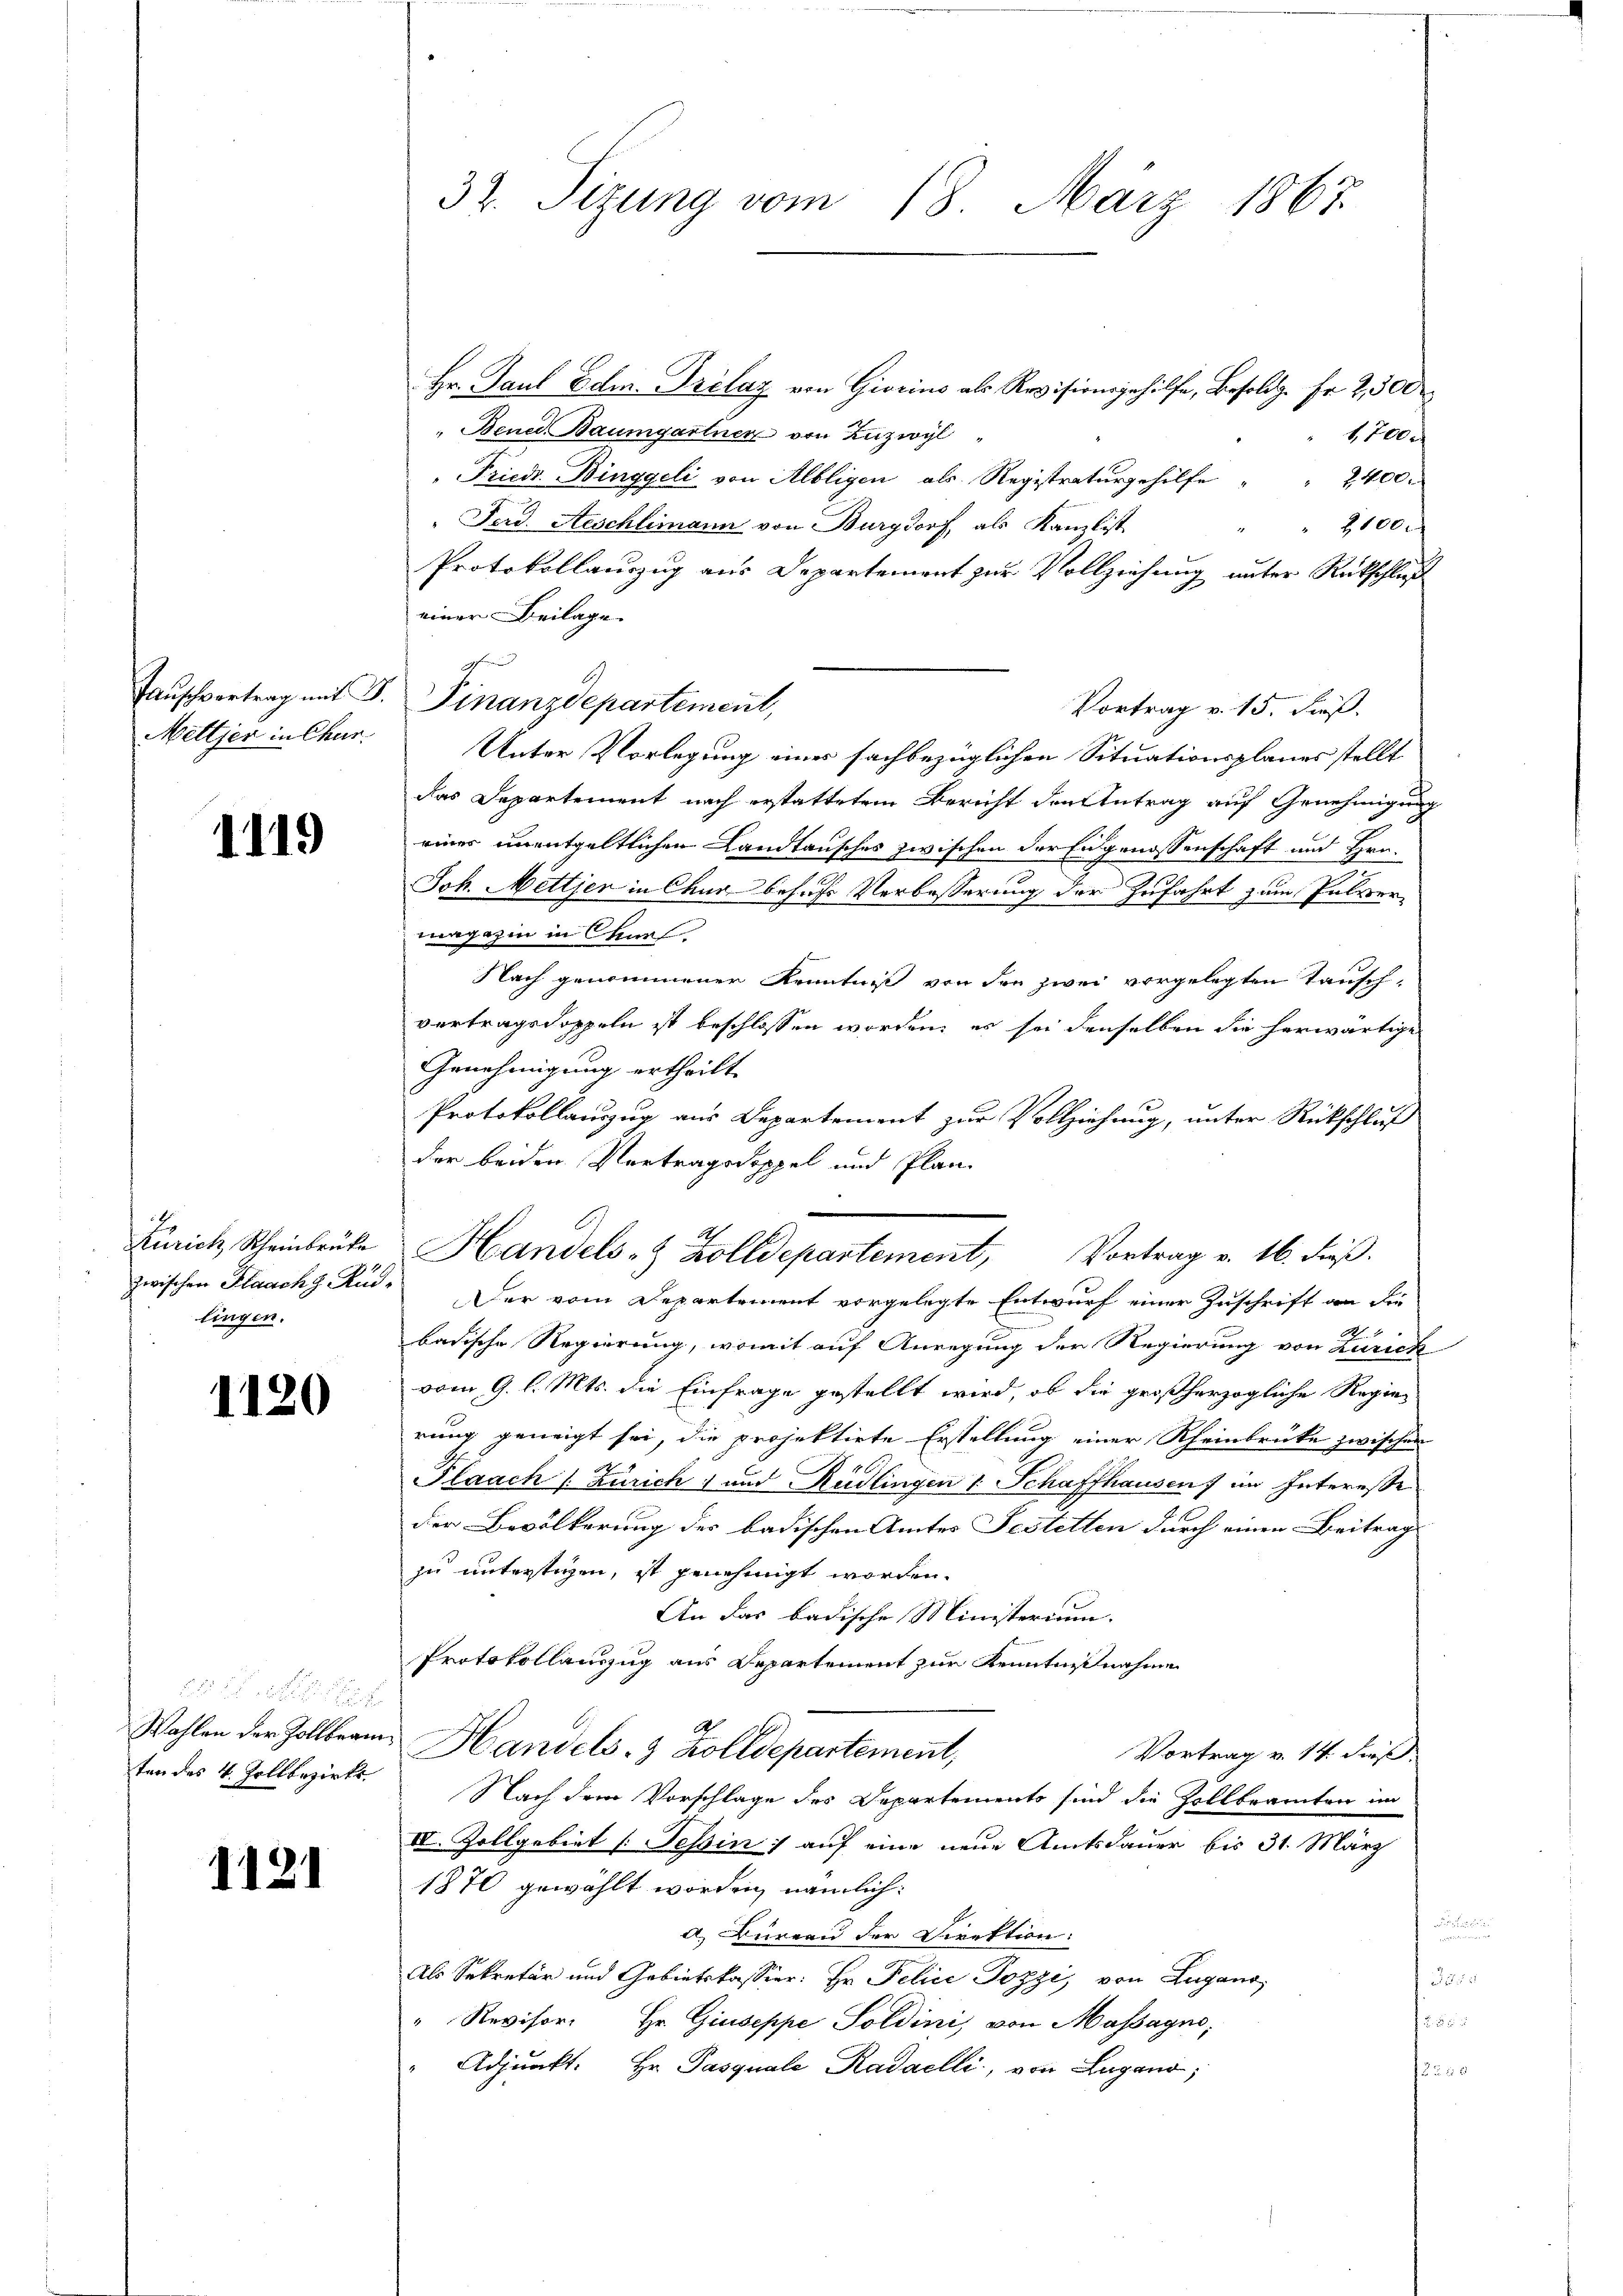
Tauschvertrag mit 3.
Meltjer in Chur

1119

Zürich Rheinbrüke
lingen.

1120

da die
ten des 4 Zollbezirks

1121

32. Sitzung vom 18. März 1867.

Hr. Paul Edm. Prelaz von Giorins als Revisionsgehilfe, Besoldg. Fr. 2, 300
" Bened. Baumgartner von Zuzwyl
1,700
"Friedr. Binggeli von Albligen als Registraturgehilfe " " 2400.
Ferd. Aeschlimann von Burgdorf, als Kanzlist
2100
Protokollauszug aus Departement zur Vollziehung unter Rückschluß
einer Beilage.
Vortrag v. 15. dieß.
Unter Vorlegung eines fachbezüglichen Situationsplanes stellt
das Departement nach erstattetem Bericht den Antrag auf Genehmigung
eines unentgeltlichen Landtausches zwischen der Eidgenossenschaft und Hrn.
Joh. Mettjer in Chur besuchs Verbesserung der Zufahrt zum Pulvermagazin in Chmel
Nach genommener Kenntniß von den zwei vorgelegten Tausch-
vertragsdoppeln ist beschlossen worden, es sei denselben die herwärtige
Genehmigung ertheilt
Protokollauszug aus Departement zur Vollziehung, unter Rückschluß
der beiden Vertragsdoppel und Plan
zwischen Flaachg. Rud. Der vom Departement vorgelegte Entwurf einer Zuschrift an die
badische Regierung, womit auf Anregung der Regierung von Zürich
vom 9. l. Mts. die Einfrage gestellt wird, ob die großherzogliche Regierung geneigt sei, die projektirte Erstellung einer Rheinbrücke zwischen
Plaach /: Zürich und Rüdlingen 1 Schaffhausen) im Interesse
der Bevölkerung der badischen Amtes Festetten durch einen Beitrag
zu unterstigen, ist genehmigt worden.
An das badische Ministerium.
Protokollauszug aus Departement zur Kenntnißnahme
Wahlen der Zollbeam Handels- & Zolldepartement,
Vortrag v. 14. dieß
Nach dem Vorschlage des Departements sind die Zollbeamten im
IV. Zollgebiet /: Tessin auf eine neue Amtsdauer bis 31. März
1870 gewählt worden nämlich:
r
a. Bureau der Direktion:
Als Sekretär und Gebietskassier: Hr. Pelice Pozzi, von Lugano,
300.
fin¬
" Revisor. Hr. Giuseppe Soldini, von Massagno,
Adjunkt. Hr. Pasquale Kadaelli, von Lugano,
fa

.
Finanzdepartement,

Handels- & Zolldepartement, Vortrag v. 16. dieß.